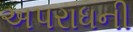
અપરાધની